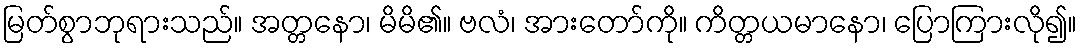
မြတ်စွာဘုရားသည်။ အတ္တနော၊ မိမိ၏။ ဗလံ၊ အားတော်ကို။ ကိတ္တယမာနော၊ ပြောကြားလို၍။